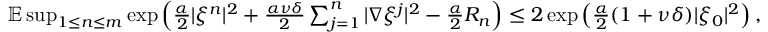
\begin{array} { r } { \mathbb { E } \operatorname* { s u p } _ { 1 \leq n \leq m } \exp \left( \frac { \alpha } { 2 } | \xi ^ { n } | ^ { 2 } + \frac { \alpha \nu \delta } { 2 } \sum _ { j = 1 } ^ { n } | \nabla \xi ^ { j } | ^ { 2 } - \frac { \alpha } { 2 } R _ { n } \right) \leq 2 \exp \left( \frac { \alpha } { 2 } ( 1 + \nu \delta ) | \xi _ { 0 } | ^ { 2 } \right) , } \end{array}